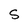
Character: 5